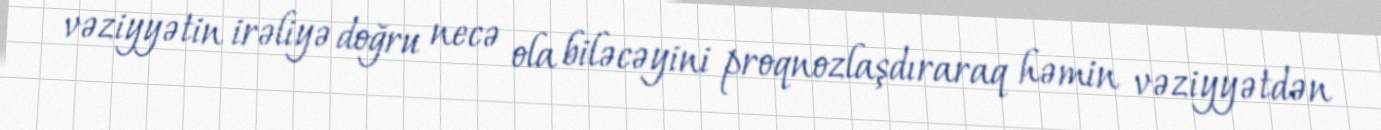
vəziyyətin irəliyə doğru necə ola biləcəyini proqnozlaşdıraraq həmin vəziyyətdən